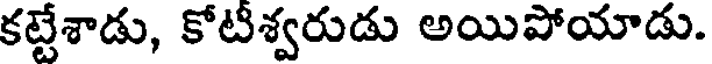
కట్టేశాడు, కోటిశ్వరుడు అయిపోయాడు.